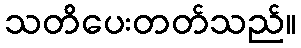
သတိပေးတတ်သည်။